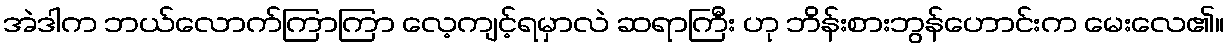
အဲဒါက ဘယ်လောက်ကြာကြာ လေ့ကျင့်ရမှာလဲ ဆရာကြီး ဟု ဘိန်းစားဘွန်ဟောင်းက မေးလေ၏။